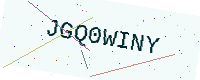
Text: JGQ0WINY